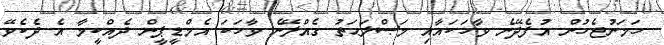
ހަމަނުޖެހުން އުފެދޭނެ ވާހަކައާއި މަޞްލަޙަތު ގެއްލޭނެ ވާހަކަ އެމްޑީޕީން ދެއްކީމާ އެ ދެކެވޭ